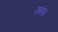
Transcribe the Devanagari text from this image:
रामांना